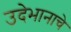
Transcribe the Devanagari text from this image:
उदेभानाचे